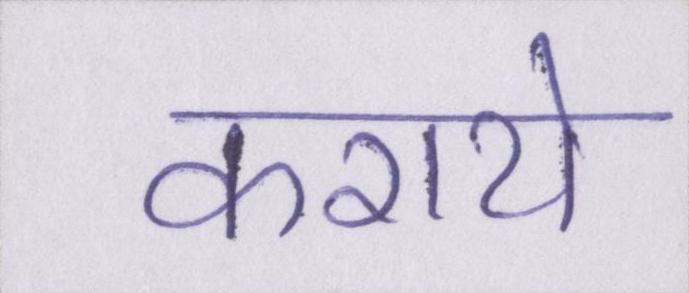
कराये